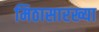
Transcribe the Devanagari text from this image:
मिठासारख्या